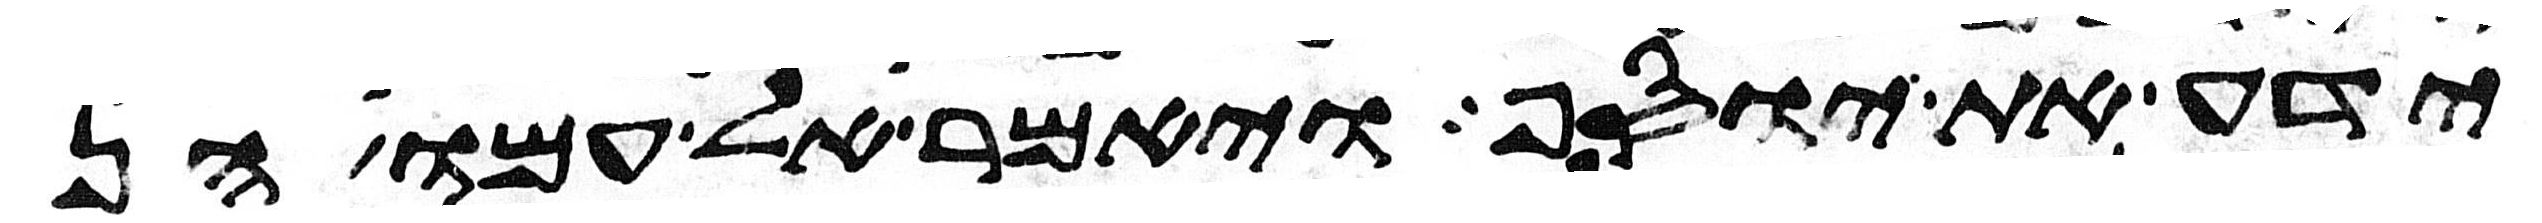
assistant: ידע את יוסף ויאמר אל עמו הן